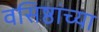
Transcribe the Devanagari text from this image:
वसिष्ठांच्या